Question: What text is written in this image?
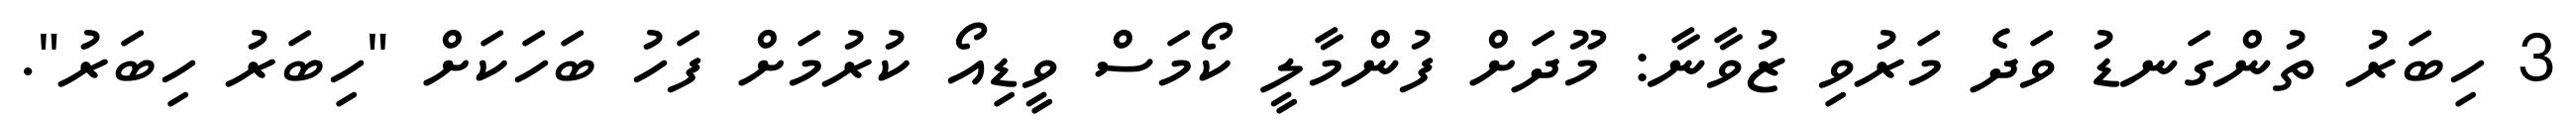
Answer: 3 ހިބަރު ތުންގަނޑު ވަދެ މަރުވި ޒުވާނާ: މޫދަށް ފުންމާލީ ކޯމަސް ވީޑިއޯ ކުރުމަށް ފަހު ބަހަކަށް "ހިބަރު ހިބަރު".